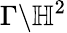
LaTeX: \Gamma\backslash\mathbb{H}^{2}